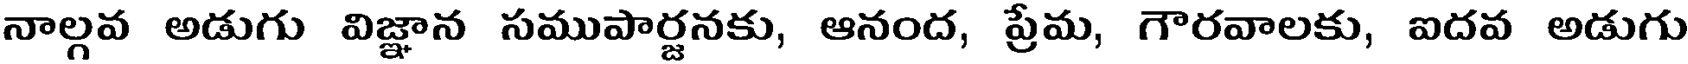
నాల్గవ అడుగు విజ్ఞాన సముపార్జనకు, ఆనంద, ప్రేమ, గౌరవాలకు, ఐదవ అడుగు